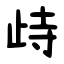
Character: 歭